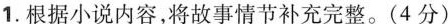
1.根据小说内容，将故事情节补充完整。(4分)